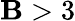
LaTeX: \mathbf{B}>3